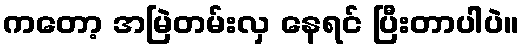
ကတော့ အမြဲတမ်းလှ နေရင် ပြီးတာပါပဲ။